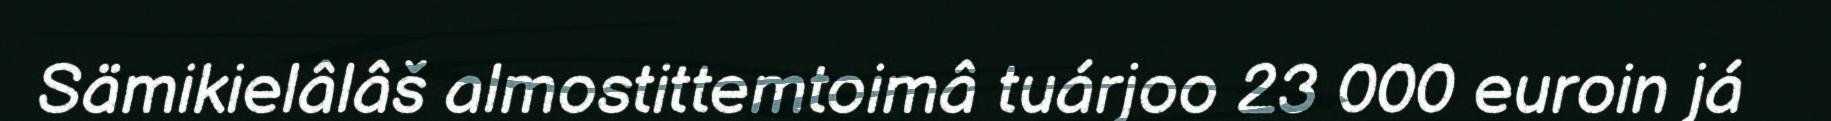
Sämikielâlâš almostittemtoimâ tuárjoo 23 000 euroin já